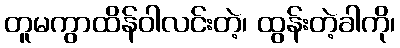
တူမကွာထိန်ဝါလင်းတဲ့၊ ထွန်းတဲ့ခါကို၊